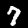
Label: 7